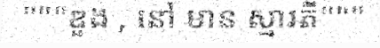
"""ឌួង , នៅ មាន ស្មារតី"""